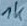
Text: 1K